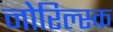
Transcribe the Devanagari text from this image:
नोरिल्स्क